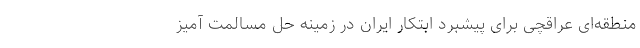
منطقه‌ای عراقچی برای پیشبرد ابتکار ایران در زمینه حل مسالمت آمیز